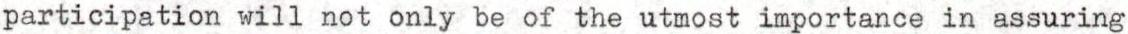
participation will not only be of the utmost importance in assuring